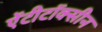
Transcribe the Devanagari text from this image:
ऐंटीटॉक्सीन